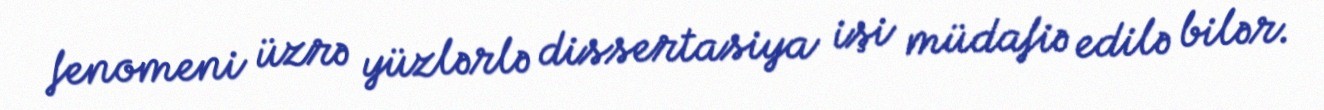
fenomeni üzrə yüzlərlə dissertasiya işi müdafiə edilə bilər.